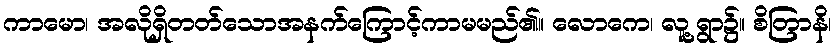
ကာမော၊ အလိုရှိတတ်သောအနက်ကြောင့်ကာမမည်၏။ လောကေ၊ လူ့ရွာ၌။ စိတြာနိ၊